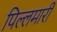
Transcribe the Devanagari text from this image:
पिल्‍लमार्री